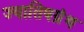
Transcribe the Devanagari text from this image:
ज्यातिषग्रंथ